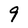
Character: 9